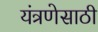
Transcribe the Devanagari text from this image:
यंत्रणेसाठी